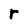
Character: r